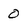
Character: 0